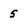
Character: 5